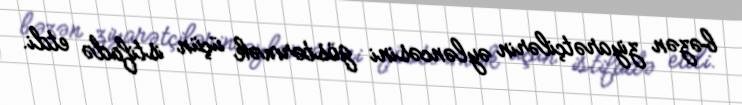
bəzən ziyarətçilərin əyləncəsini göstərmək üçün istifadə etdi.